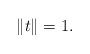
LaTeX: \begin{align*}\left\| t\right\| =1. \end{align*}